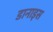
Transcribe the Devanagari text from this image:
डानाइस